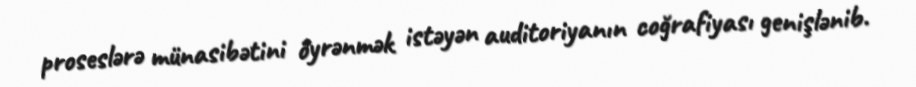
proseslərə münasibətini öyrənmək istəyən auditoriyanın coğrafiyası genişlənib.